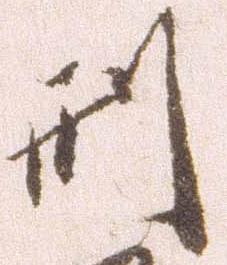
刑